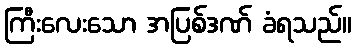
ကြီးလေးသော အပြစ်ဒဏ် ခံရသည်။